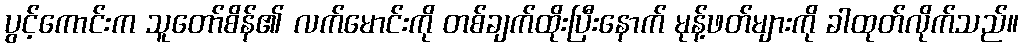
ပွင့်ကောင်းက သူတော်စိန်၏ လက်မောင်းကို တစ်ချက်ထိုးပြီးနောက် မုန့်ဖတ်များကို ခါထုတ်လိုက်သည်။